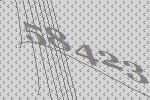
58423